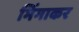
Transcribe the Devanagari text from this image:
भिंगाकर